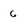
Character: 6